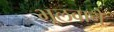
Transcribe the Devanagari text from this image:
भूलवाने